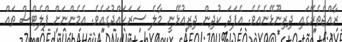
ރާއްޖެތެރޭގައި ދިރިނޫޅޭނެއެވެ. އެފަދަ ކުދިން ދިރިއުޅޭނީ މާލެ ސަރަހައްދުގައެވެ. އެމެންނަށް ފްލެޓްސް ތައް